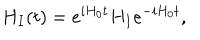
LaTeX: H _ { I } ( t ) = e ^ { i H _ { 0 } t } H _ { I } e ^ { - i H _ { 0 } t } ,